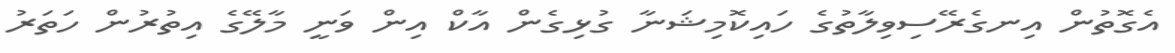
އެގޮތުން އިނގެރޭސިވިލާތުގެ ހައިކޮމިޝަނާ ގުޅިގެން އާކް އިން ވަނީ މާލޭގެ އިތުރުން ހަތަރު